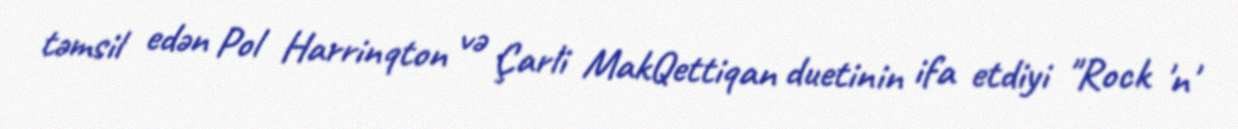
təmsil edən Pol Harrinqton və Çarli MakQettiqan duetinin ifa etdiyi "Rock 'n'